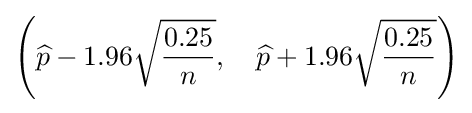
\left({\widehat {p}}-1.96{\sqrt {\frac {0.25}{n}}},\quad {\widehat {p}}+1.96{\sqrt {\frac {0.25}{n}}}\right)